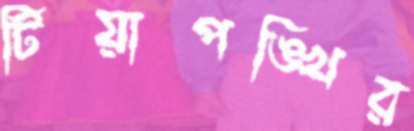
টিয়াপঙ্খির